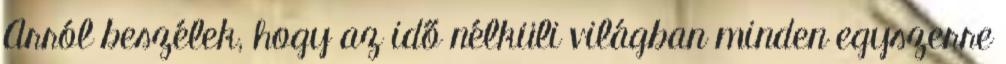
Arról beszélek, hogy az idő nélküli világban minden egyszerre